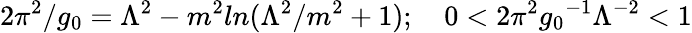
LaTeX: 2\pi^{2}/g_{0}=\Lambda^{2}-m^{2}ln(\Lambda^{2}/m^{2}+1);\quad 0<2\pi^{2}{g_{0}}^{-1}{\Lambda}^{-2}<1